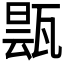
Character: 𬎬